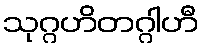
သုဂ္ဂဟိတဂ္ဂါဟီ